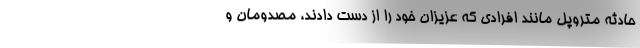
حادثه متروپل مانند افرادی که عزیزان خود را از دست دادند، مصدومان و